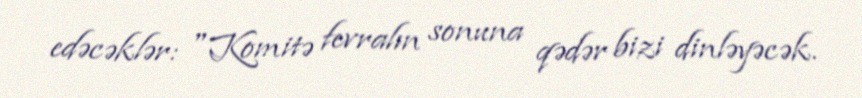
edəcəklər: "Komitə fevralın sonuna qədər bizi dinləyəcək.